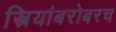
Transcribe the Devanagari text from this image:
स्त्रियांबरोबरच